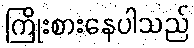
ကြိုးစားနေပါသည်